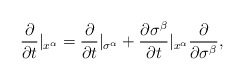
\begin{align*}\frac{\partial}{\partial t}|_{x^{\alpha}} = \frac{\partial}{\partial t}|_{\sigma^{\alpha}} +\frac{\partial \sigma^{\beta}}{\partial t}|_{x^{\alpha}}\frac{\partial}{\partial \sigma^{\beta}},\end{align*}